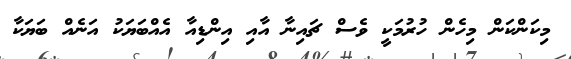
މިކަންކަން މިހެން ހުރުމަކީ ވެސް ޗައިނާ އާއި އިންޑިއާ އެއްބަޔަކު އަނެއް ބަޔަކާ